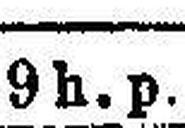
9 h. p.